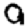
Digit: 9